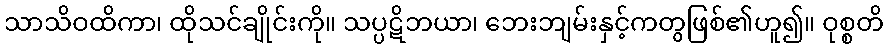
သာသိဝထိကာ၊ ထိုသင်ချိုင်းကို။ သပ္ပဋိဘယာ၊ ဘေးဘျမ်းနှင့်ကတွဖြစ်၏ဟူ၍။ ဝုစ္စတိ